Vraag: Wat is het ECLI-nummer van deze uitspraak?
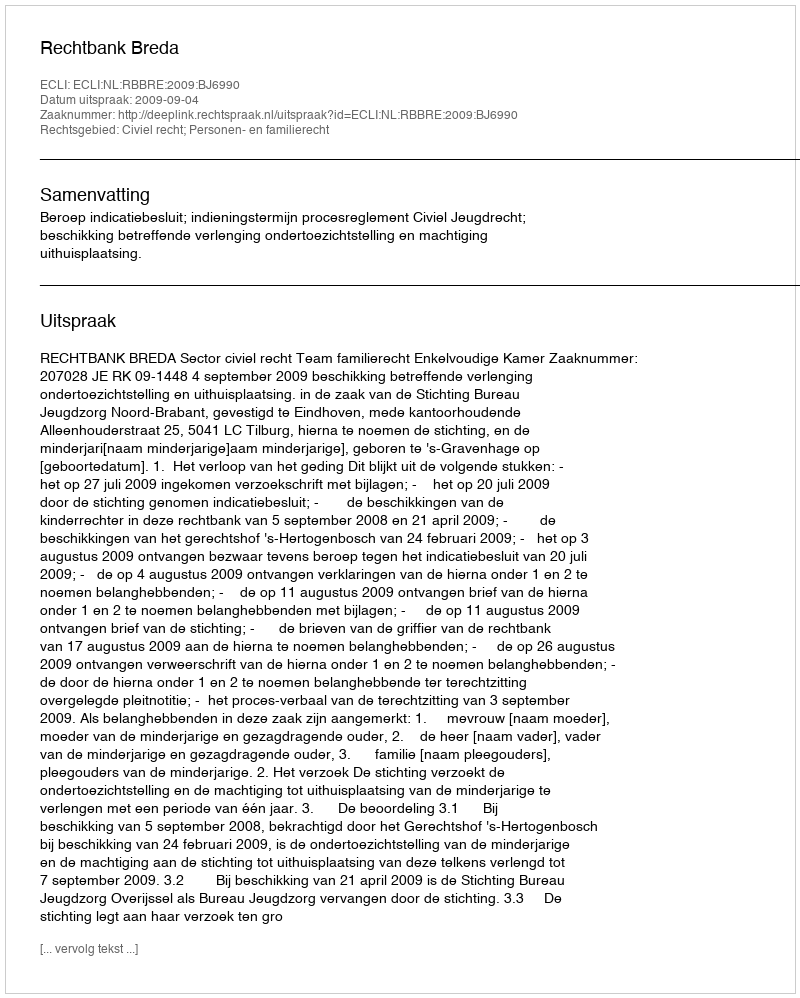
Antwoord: ECLI:NL:RBBRE:2009:BJ6990